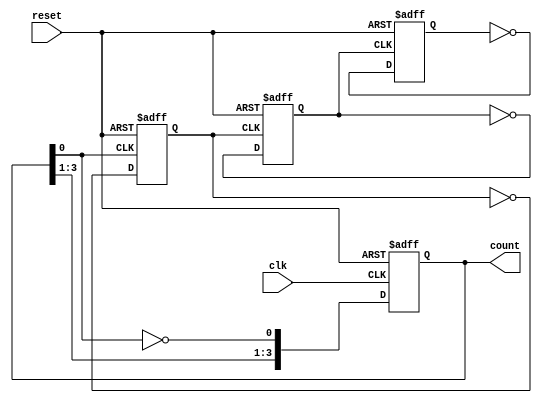
module async_ripple_counter #(parameter N = 4) (
    input wire clk,          // Clock input
    input wire reset,        // Asynchronous reset
    output reg [N-1:0] count // N-bit counter output
);

// Always block triggered by the clock or reset
always @(posedge clk or posedge reset) begin
    if (reset) begin
        count <= 0; // Reset the counter to 0
    end else begin
        count[0] <= ~count[0]; // Toggle LSB on clock edge
    end
end

// Generate the ripple effect for the remaining bits
genvar i;
generate
    for (i = 1; i < N; i = i + 1) begin : ripple
        always @(posedge count[i-1] or posedge reset) begin
            if (reset) begin
                count[i] <= 0; // Reset the bit to 0
            end else begin
                count[i] <= ~count[i]; // Toggle the current bit
            end
        end
    end
endgenerate

endmodule